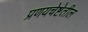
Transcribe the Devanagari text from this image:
प्रणयचेष्टेतील